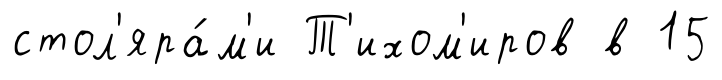
стол'яра́м'и Т'ихом'иров в 15